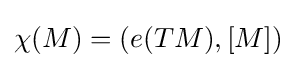
\chi (M)=(e(TM),[M])